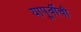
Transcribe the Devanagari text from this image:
यापूर्वीची